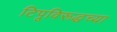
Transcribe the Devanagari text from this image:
टिपूविरूद्धच्या